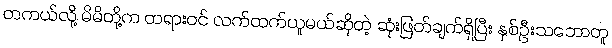
တကယ်လို့ မိမိတို့က တရားဝင် လက်ထက်ယူမယ်ဆိုတဲ့ ဆုံးဖြတ်ချက်ရှိပြီး နှစ်ဦးသဘောတူ